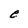
Character: e